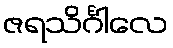
ဇရသိင်္ဂါလေ